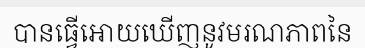
បានធ្វើអោយឃើញនូវមរណភាពនៃ